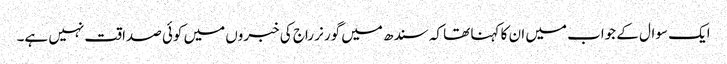
ایک سوال کے جواب میں ان کا کہنا تھا کہ سندھ میں گورنر راج کی خبروں میں کوئی صداقت نہیں ہے۔